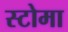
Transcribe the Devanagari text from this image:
स्टोमा